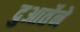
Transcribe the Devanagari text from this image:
दुआर्तेने